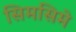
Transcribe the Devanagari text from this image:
सिमसिमे